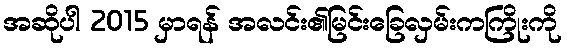
အဆိုပါ 2015 မှာရန် အလင်း၏မြင်းခြေလှမ်းကကြိုးကို